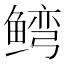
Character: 𬶥